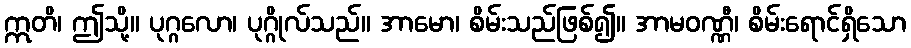
ဣတိ၊ ဤသို့။ ပုဂ္ဂလော၊ ပုဂ္ဂိုလ်သည်။ အာမော၊ စိမ်းသည်ဖြစ်၍။ အာမဝဏ္ဏီ၊ စိမ်းရောင်ရှိသော